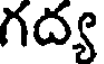
గద్య